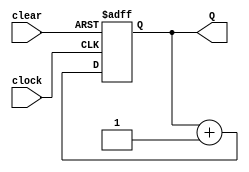
`timescale 1ns / 1ps
//////////////////////////////////////////////////////////////////////////////////
// Company: 
// Engineer: 
// 
// Design Name: 
// Module Name:    counter 
// Project Name: 
// Target Devices: 
// Tool versions: 
// Description: 
//
// Dependencies: 
//
// Revision: 
// Revision 0.01 - File Created
// Additional Comments: 
//
//////////////////////////////////////////////////////////////////////////////////
module counter(Q,clock,clear);
	output[3:0] Q;
	input clock,clear;
	reg[3:0] Q;
	always@(posedge clear or negedge clock)
	begin
		if(clear)
			Q<=4'd0;
		else
			Q<=Q+1;
	end
endmodule